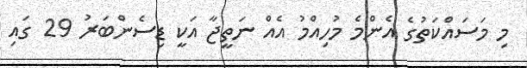
މި މަސައްކަތުގެ އެންމެ މުހިއްމު އެއް ނަތީޖާ އަކީ ޑިސެންބަރު 29 ގައި